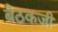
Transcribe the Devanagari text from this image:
बैठकजी